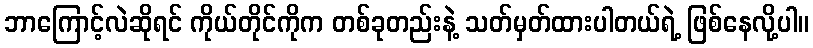
ဘာကြောင့်လဲဆိုရင် ကိုယ်တိုင်ကိုက တစ်ခုတည်းနဲ့ သတ်မှတ်ထားပါတယ်ရဲ့ ဖြစ်နေလို့ပါ။